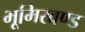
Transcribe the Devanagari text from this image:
भूमिखण्ड